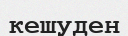
кешуден